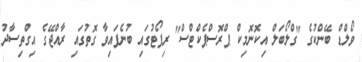
ވޯލްޑް ބޭންކުގެ "ގްލޯބަލް އިކޮނޮމިކް ޕްރޮސްޕެކްޓްސް" ރިޕޯޓުގައި ބުނެފައިވާ ގޮތުގައި ރާއްޖޭގެ އިގްތިސާދު